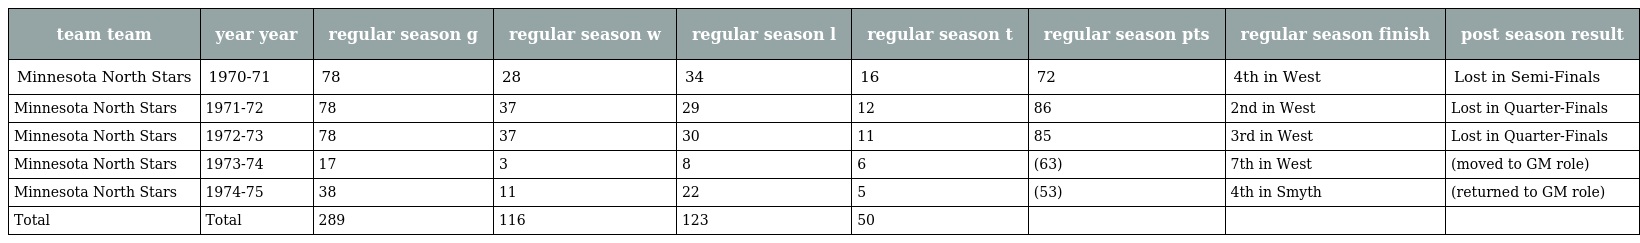
| team team | year year | regular season g | regular season w | regular season l | regular season t | regular season pts | regular season finish | post season result |
 | --- | --- | --- | --- | --- | --- | --- | --- | --- |
 | Minnesota North Stars | 1970-71 | 78 | 28 | 34 | 16 | 72 | 4th in West | Lost in Semi-Finals |
 | Minnesota North Stars | 1971-72 | 78 | 37 | 29 | 12 | 86 | 2nd in West | Lost in Quarter-Finals |
 | Minnesota North Stars | 1972-73 | 78 | 37 | 30 | 11 | 85 | 3rd in West | Lost in Quarter-Finals |
 | Minnesota North Stars | 1973-74 | 17 | 3 | 8 | 6 | (63) | 7th in West | (moved to GM role) |
 | Minnesota North Stars | 1974-75 | 38 | 11 | 22 | 5 | (53) | 4th in Smyth | (returned to GM role) |
 | Total | Total | 289 | 116 | 123 | 50 |  |  |  |